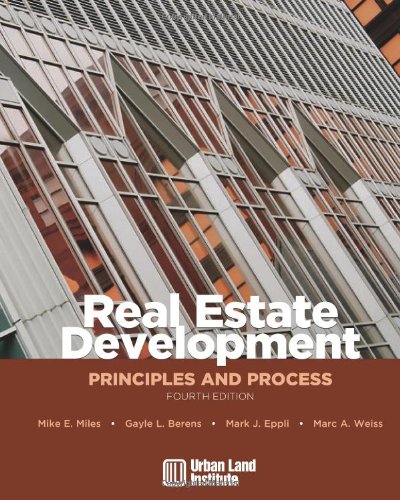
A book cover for Real Estate Development - 4th Edition: Principles and Process; Mike E. Miles; Arts & Photography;